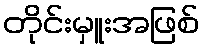
တိုင်းမှူးအဖြစ်